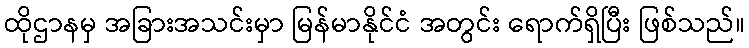
ထိုဌာနမှ အခြားအသင်းမှာ မြန်မာနိုင်ငံ အတွင်း ရောက်ရှိပြီး ဖြစ်သည်။